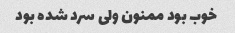
خوب بود ممنون ولی سرد شده بود